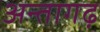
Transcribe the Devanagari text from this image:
अन्तागढ़